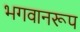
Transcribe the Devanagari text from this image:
भगवानरूप